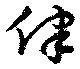
侓